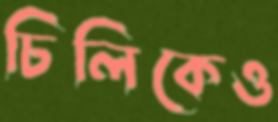
চিলিকেও